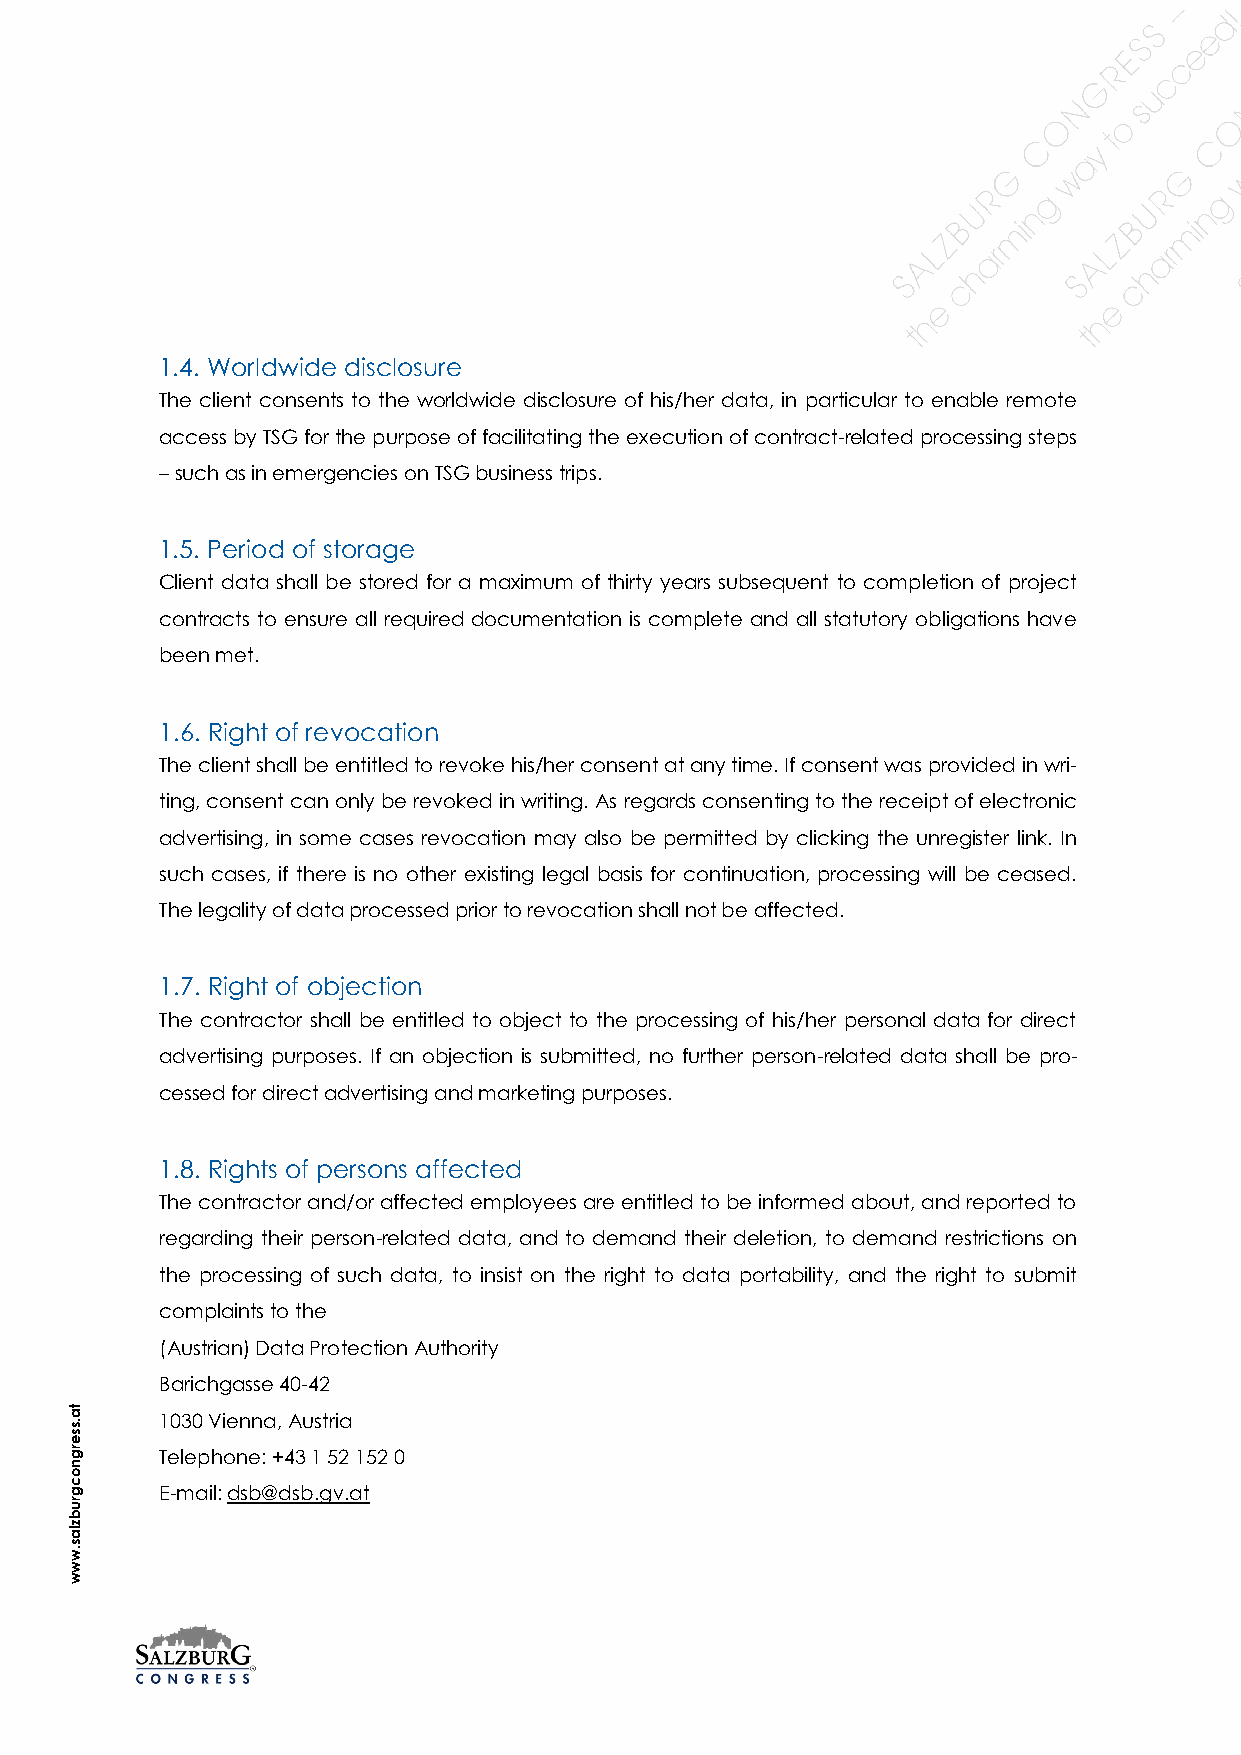
1.4. Worldwide disclosure
 The client consents to the worldwide disclosure of his/her data, in particular to enable remote
 access by TSG for the purpose of facilitating the execution of contract-related processing steps
 – such as in emergencies on TSG business trips.
 1.5. Period of storage
 Client data shall be stored for a maximum of thirty years subsequent to completion of project
 contracts to ensure all required documentation is complete and all statutory obligations have
 been met.
 1.6. Right of revocation
 The client shall be entitled to revoke his/her consent at any time. If consent was provided in wri-
 ting, consent can only be revoked in writing. As regards consenting to the receipt of electronic
 advertising, in some cases revocation may also be permitted by clicking the unregister link. In
 such cases, if there is no other existing legal basis for continuation, processing will be ceased.
 The legality of data processed prior to revocation shall not be affected.
 1.7. Right of objection
 The contractor shall be entitled to object to the processing of his/her personal data for direct
 advertising purposes. If an objection is submitted, no further person-related data shall be pro-
 cessed for direct advertising and marketing purposes.
 1.8. Rights of persons affected
 The contractor and/or affected employees are entitled to be informed about, and reported to
 regarding their person-related data, and to demand their deletion, to demand restrictions on
 the processing of such data, to insist on the right to data portability, and the right to submit
 complaints to the
 (Austrian) Data Protection Authority
 Barichgasse 40-42
 ta
 .s    1030 Vienna, Austria
 s
 e
 rg    Telephone: +43 1 52 152 0
 n
 o
 c
 g     E-mail: dsb@dsb.gv.at
 ru
 b
 z
 la
 s
 .w
 w
 w